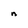
Character: n